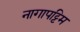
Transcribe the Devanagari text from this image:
नागापट्टिम